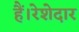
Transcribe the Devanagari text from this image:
हैं।रेशेदार